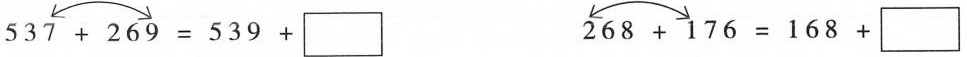
$$5 3 7 + 2 6 9 = 5 3 9 + \box$$ $$2 6 8 + 1 7 6 = 1 6 8 + \box$$